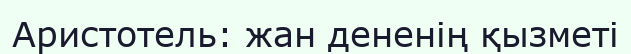
Аристотель: жан дененің қызметі